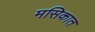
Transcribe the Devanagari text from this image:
मसिकात